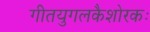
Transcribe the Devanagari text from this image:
गीतयुगलकैशोरकः